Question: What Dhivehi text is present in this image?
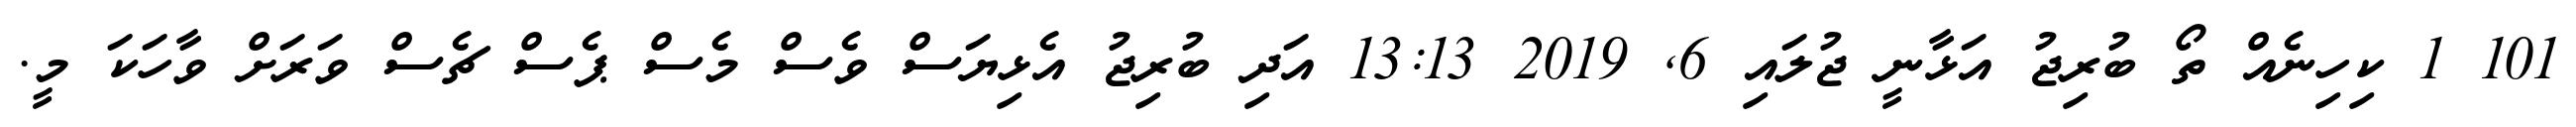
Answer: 101 1 ކިހިނެއް ތޯ ބުރިޖު އަޅާނީ ޖުލައި 6, 2019 13:13 އަދި ބުރިޖު އެޅިޔަސް ވެސް މެސް ޕެސް ޗެސް ވަރަށް ވާހަކަ މީ.